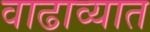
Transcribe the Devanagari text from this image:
वाढाव्यात